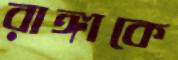
রাঙ্গাকে